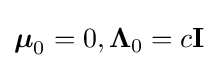
{\boldsymbol {\mu }}_{0}=0,\mathbf {\Lambda } _{0}=c\mathbf {I}